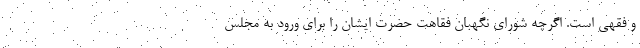
و فقهی است. اگرچه شورای نگهبان فقاهت حضرت ایشان را برای ورود به مجلس